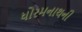
ધોરમનાથની